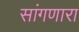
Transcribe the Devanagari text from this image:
सांंगणारा